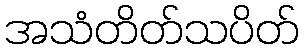
အသံတိတ်သပိတ်